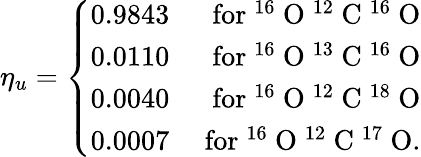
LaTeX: \eta_{u}=\left\{ \begin{array}{rr}{0.9843}&{\mathrm{~for~^{16}~O~^{12}~C~^{16}~O}}\\ {0.0110}&{\mathrm{~for~^{16}~O~^{13}~C~^{16}~O}}\\ {0.0040}&{\mathrm{~for~^{16}~O~^{12}~C~^{18}~O}}\\ {0.0007}&{\mathrm{~for~^{16}~O~^{12}~C~^{17}~O}.}\end{array}\right.